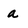
Character: a